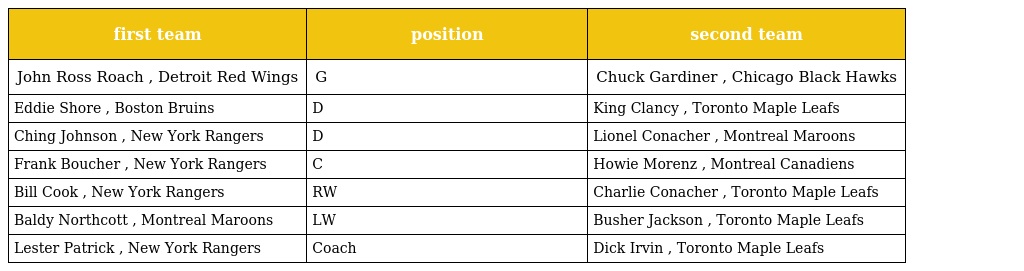
| first team | position | second team |
 | --- | --- | --- |
 | John Ross Roach , Detroit Red Wings | G | Chuck Gardiner , Chicago Black Hawks |
 | Eddie Shore , Boston Bruins | D | King Clancy , Toronto Maple Leafs |
 | Ching Johnson , New York Rangers | D | Lionel Conacher , Montreal Maroons |
 | Frank Boucher , New York Rangers | C | Howie Morenz , Montreal Canadiens |
 | Bill Cook , New York Rangers | RW | Charlie Conacher , Toronto Maple Leafs |
 | Baldy Northcott , Montreal Maroons | LW | Busher Jackson , Toronto Maple Leafs |
 | Lester Patrick , New York Rangers | Coach | Dick Irvin , Toronto Maple Leafs |